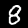
Digit: 8